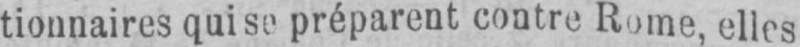
tionnaires qui se préparent contre Rome, elles